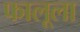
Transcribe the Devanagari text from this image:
फालूला